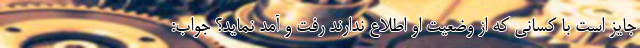
جایز است با کسانی که از وضعیت او اطلاع ندارند رفت و آمد نماید؟ جواب: